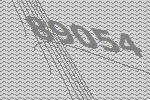
89054